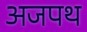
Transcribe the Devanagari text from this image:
अजपथ